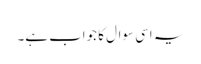
یہ اسی سوال کا جواب ہے۔